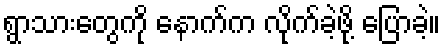
ရွာသားတွေကို နောက်က လိုက်ခဲ့ဖို့ ပြောခဲ့။